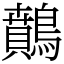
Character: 䴅